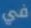
في